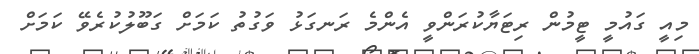
މިއީ ގައުމީ ޓީމުން ރިޓަޔާކުރަންވީ އެންމެ ރަނގަޅު ވަގުތު ކަމަށް ގަބޫލުކުރެވޭ ކަމަށް